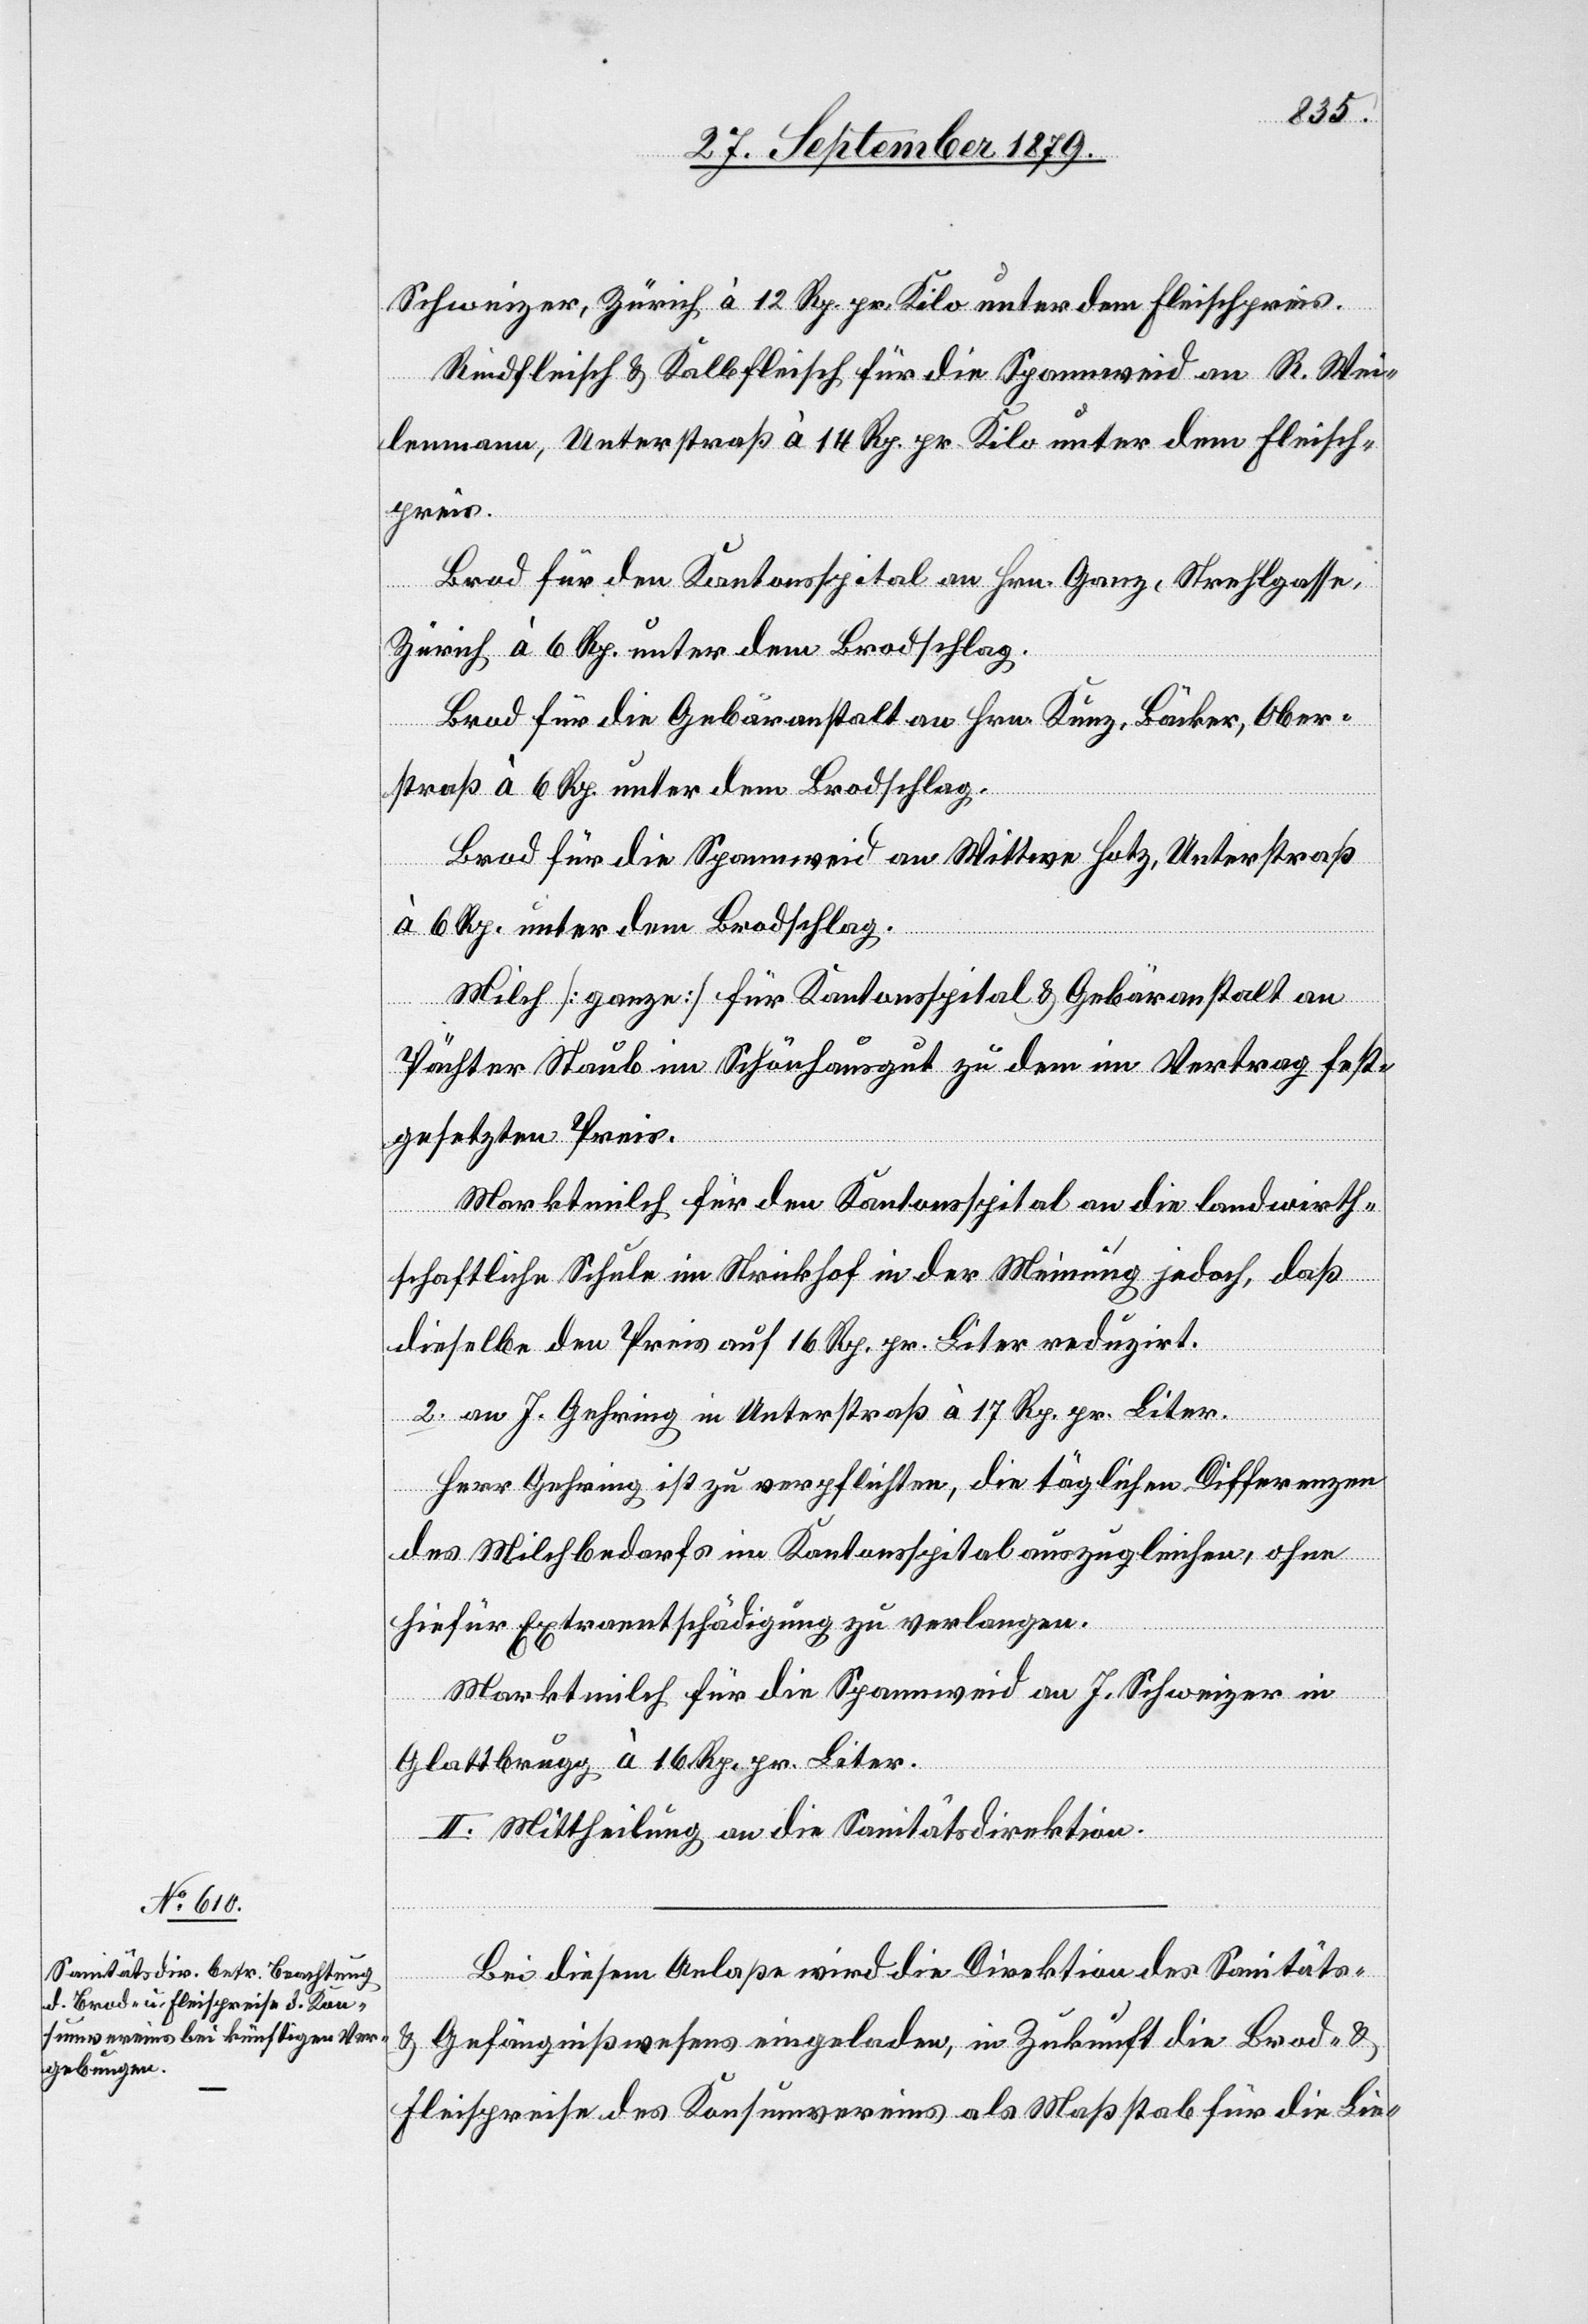
Schweizer, Zürich à 12 Rp. pr. Kilo unter dem Fleischpreis.
Rindfleisch & Kalbfleisch für die Spannweid an R. Wei¬
lenmann, Unterstraß à 14 Rp. pr. Kilo unter dem Fleisch¬
preis.
Brod für den Kantonsspital an Hrn. Ganz, Strehlgasse,
2.
Zürich à 6 Rp. unter dem Brodschlag.
Brod für die Gebäranstalt an Hrn. Kunz, Bäcker, Ober¬
straß à 6 Rp. unter dem Brodschlag.
Brod für die Spannweid an Wittwe Hotz, Unterstraß
à 6 Rp. unter dem Brodschlag.
Milch [ganze] für Kantonsspital & Gebäranstalt an
Pächter Staub im Schönhausgut zu dem im Vertrag fest¬
gesetzten Preis.
Marktmilch für den Kantonsspital an die landwirt¬
schaftliche Schule im Strickhof in der Meinung jedoch, daß
dieselbe den Preis auf 16 Rp. pr. Liter reduzirt.
an J. Gehring in Unterstraß à 17 Rp. pr. Liter.
Herr Gehring ist zu verpflichten, die täglichen Differenzen
des Milchbedarfs im Kantonsspital auszugleichen, ohne
hiefür Extraentschädigung zu verlangen.
Marktmilch für die Spannweid an J. Schweizer in
Glattbrugg à 16 Rp. pr. Liter.
II. Mittheilung an die Sanitätsdirektion.
Bei diesem Anlaße wird die Direktion des Sanitäts-
& Gefängnißwesens eingeladen, in Zukunft die Brod- &
Fleischpreise des Konsumvereins als Maßstab für die Lie-